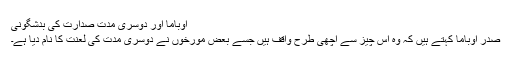
اوباما اور دوسری مدت صدارت کی بدشگونی
صدر اوباما کہتے ہیں کہ وہ اس چیز سے اچھی طرح واقف ہیں جسے بعض مورخوں نے دوسری مدت کی لعنت کا نام دیا ہے۔